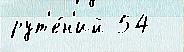
рут'е́н'ий 54